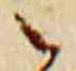
之